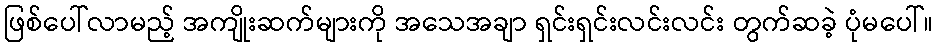
ဖြစ်ပေါ်လာမည့် အကျိုးဆက်များကို အသေအချာ ရှင်းရှင်းလင်းလင်း တွက်ဆခဲ့ ပုံမပေါ်။